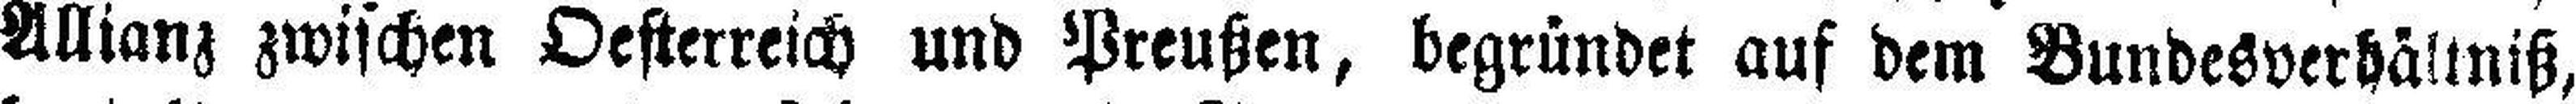
Allianz zwischen Oesterreich und Preußen, begründet auf dem Bundesverhällniß,